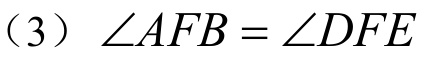
（3）\(\angle AFB = \angle DFE\)